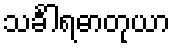
သင်္ခါရဓာတုယာ